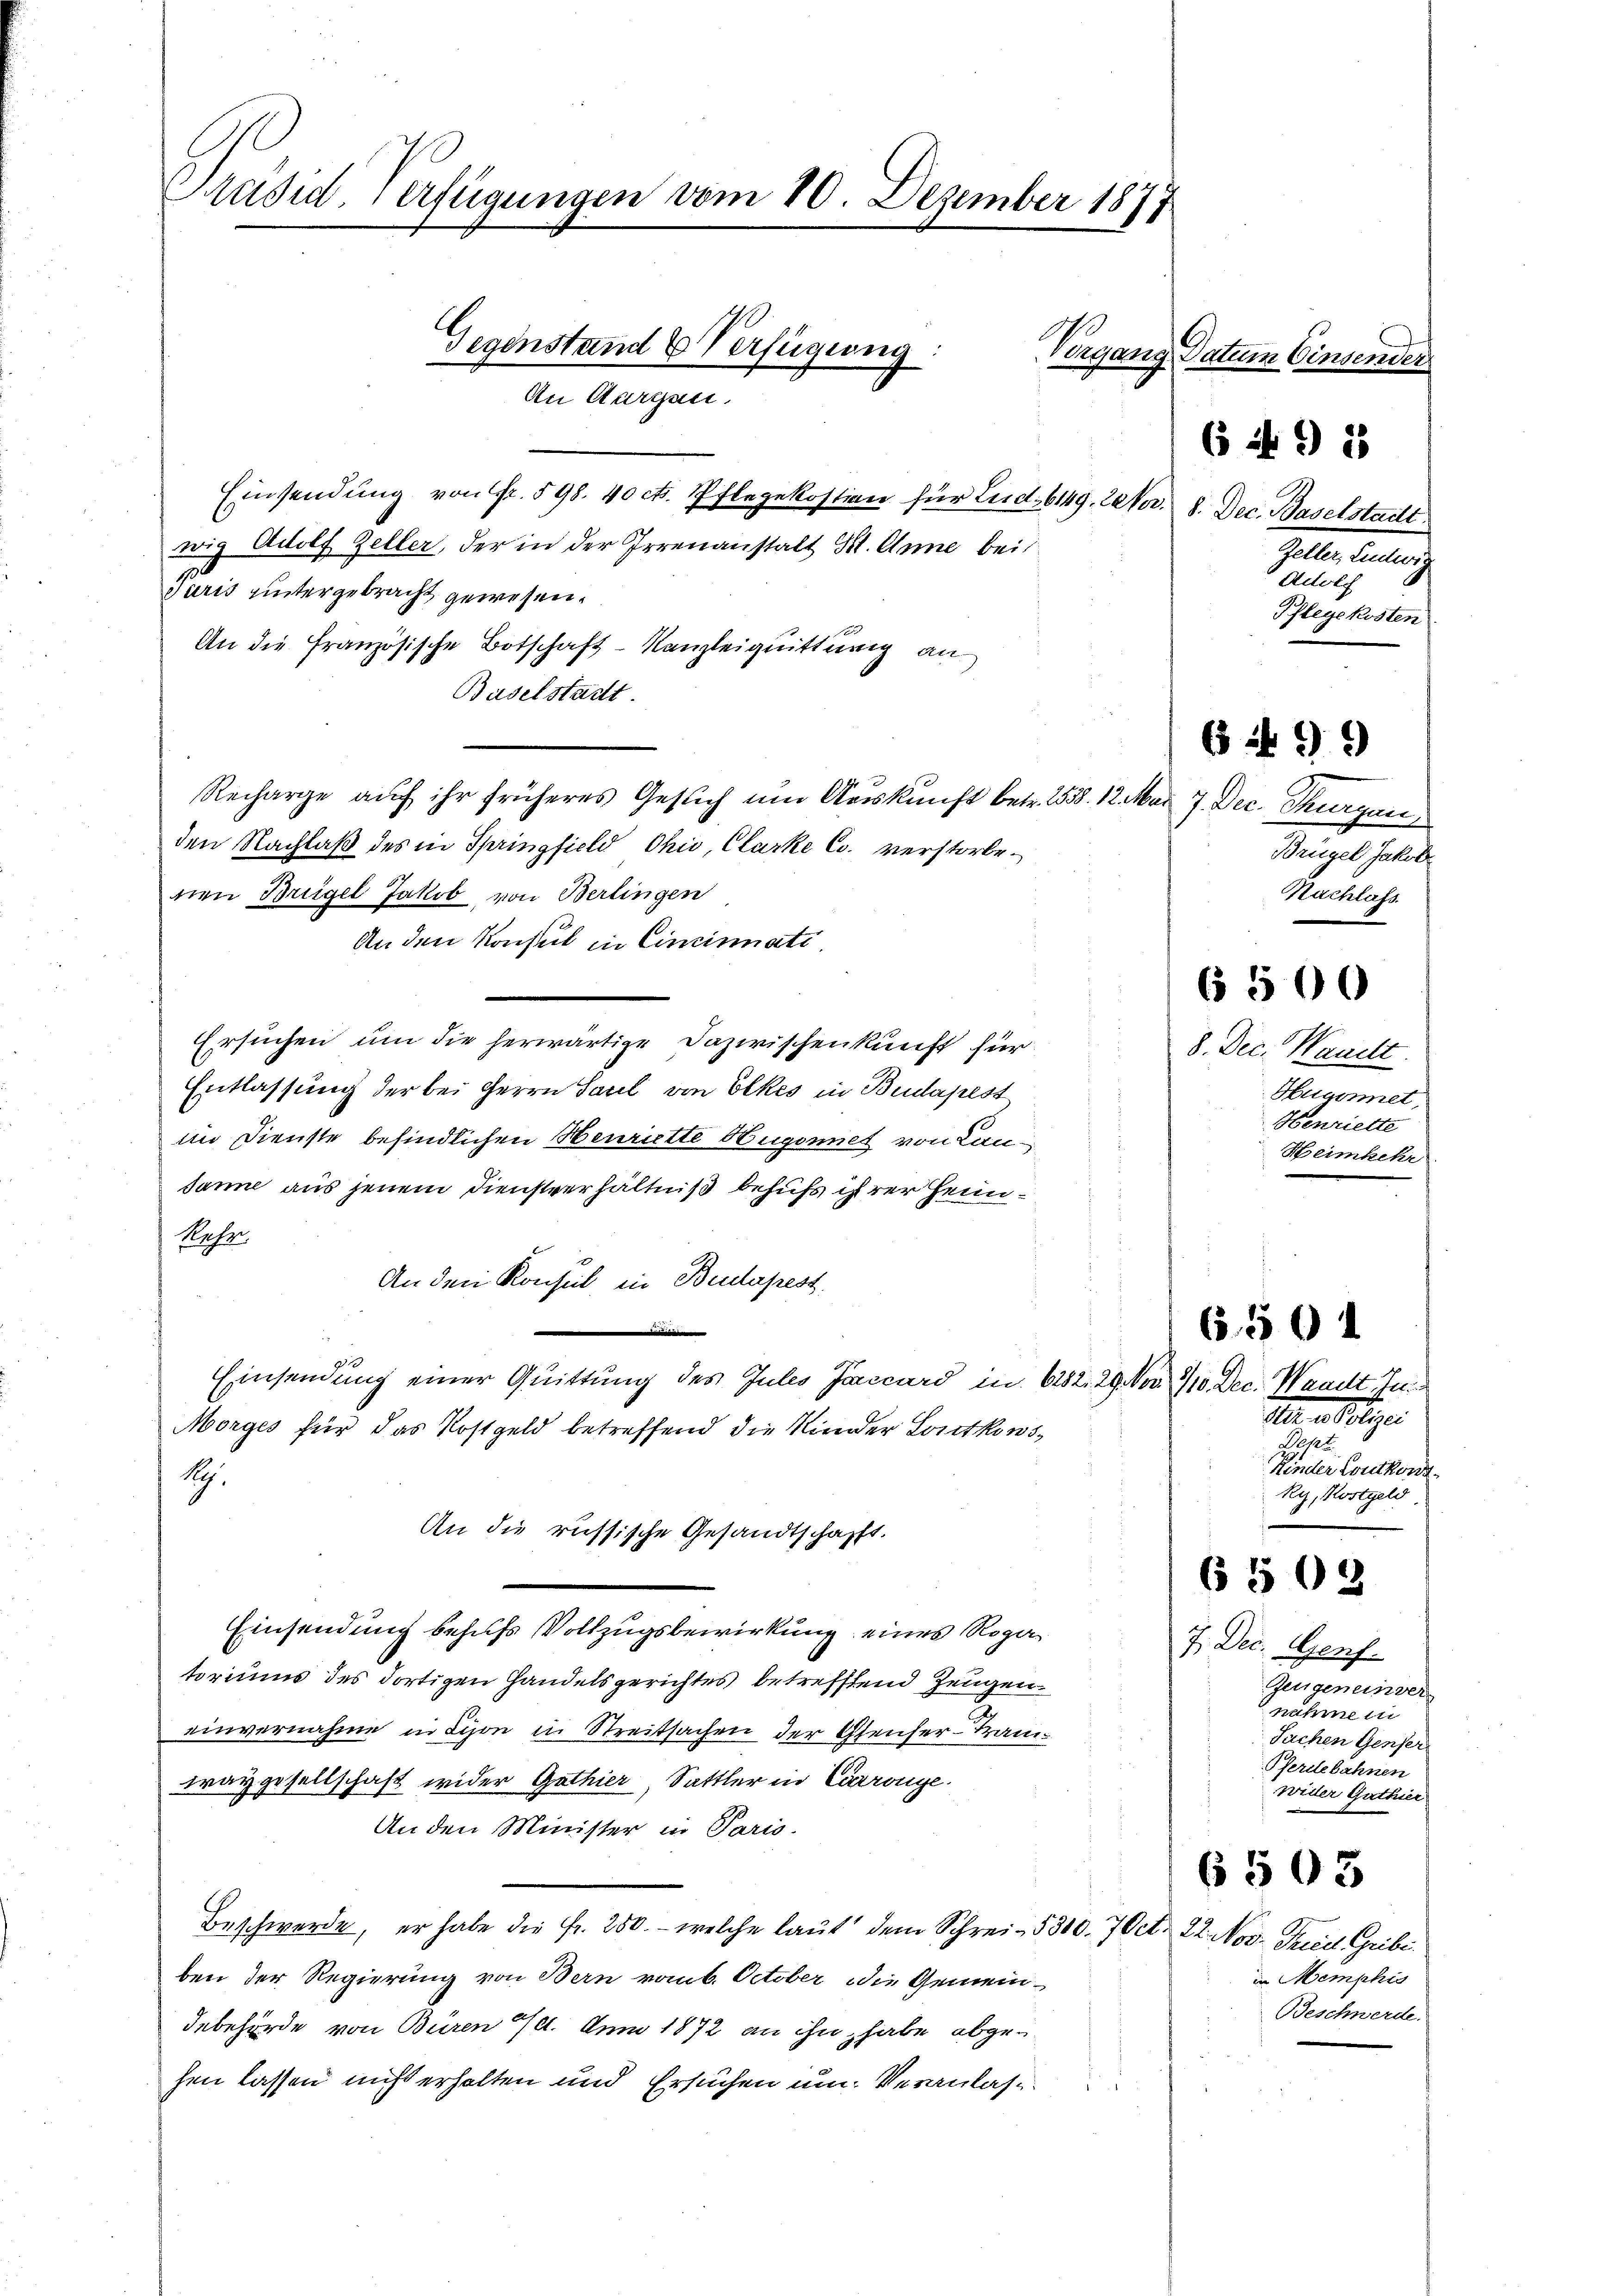
Präsid. Verfügungen vom 20. Dezember 1877

Gegenstand & Verfügung
An Aargau,

Einsendung von Fr. 598. 40 ct. Pflegekostion für Lud 6149. 22 fr. 8. Dec. Baselstadt
wig Adolf Zeller, der in der Irrenanstalt Kt. Anne bei
garis untergebracht gewesen.
An die Französische Botschaft-Kanzleiquittung an
Baselstadt
Recharge auf ihr früheres Gesuch um Auskunft betr. 2558. 12. Mai 7. Dec. Thurgau
den Nachlaß des in Springfield Ohio, Clarke C. verstorbenen Brügel Jakob von Berlingen
An den Konsul in Cincinnati
Ersuchen um die herwärtige Dazwischenkunft für
Entlassung der bei Herrn Saul von Olkes in Budapest
im Dienste befindlichen Henriette Hugonnet von Can¬
Janne aus jenem Dienstverhältniß behufs ihrer Heim¬
Rehr
An den Konsul, in Budapest,
Einsendung einer Quittung des Jules Jaccard in 6282. 29 No 110. Dec. Waadt In¬
Morges für das Kostgeld betreffend die Kinder Loutkons¬
1.
An die russische Gesandtschafft.
Einsendung behufs Vollzugsbewirkung eines Rogatoriums des dortigen Handelsgerichtes betreffend Zeugen.
einvernahme in Lion in Streitsachen der Genfer-Tram
waygesellschaft wider Gathier, Sattler in Carrange
An den Minister in Paris.
Beschwerde, er habe die Fr. 250. - welche laut dem Schrei- 5300. 70 ct. 22. Nov. Fried Gribi
ben der Regierung von Bern vom 6. October die Gemein¬
Inbehörde von Büren 10. Juni 1872 an ihn, habe abgehen lassen nicht erhalten und Ersuchen um Veranlaße

Vergang Datum Einsender

Zeller, Entwic
Acolch
Pflegekosten

Brügel Jakob
Nachlafs.

64 § 1

699

6 500

8. Dec. Waadt
Hugonnet,
Henriette
Heimkehr

All an Seliger
Deht
Kinder Coutkont
Ry, Kostgeld

6. 501

6503

7. Dec. Genf.
Zeugeneinver
nahme ei
Sachen Genfer
Pferdebahnen
wider Guthier

in Memphis
Beschwerde.

6 503